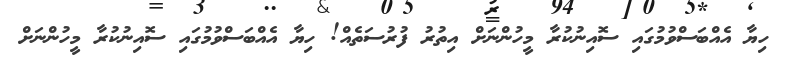
ހިޔާ އެއްބަސްވުމުގައި ސޮއިނުކުރާ މީހުންނަށް އިތުރު ފުރުސަތެއް! ހިޔާ އެއްބަސްވުމުގައި ސޮއިނުކުރާ މީހުންނަށް